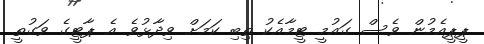
ޕީޕީއެމުން ވެސް ގައުމީ ޓީމާއެކު ތިބި ކަމަށް ވިދާޅުވެ އެ ޕާޓީގެ ވަގުތީ